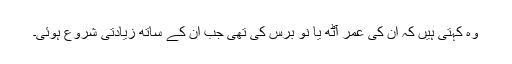
وہ کہتی ہیں کہ ان کی عمر آٹھ یا نو برس کی تھی جب ان کے ساتھ زیادتی شروع ہوئی۔